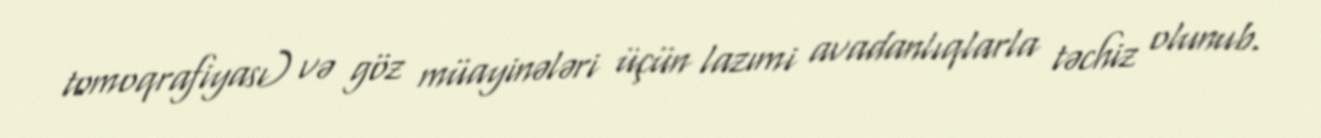
tomoqrafiyası) və göz müayinələri üçün lazımi avadanlıqlarla təchiz olunub.